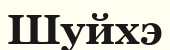
Шуйхэ